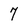
Character: 7